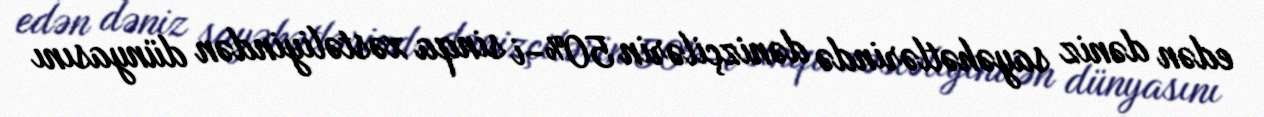
edən dəniz sayəhətlərində dənizçilərin 50%-i sinqa xəstəliyindən dünyasını